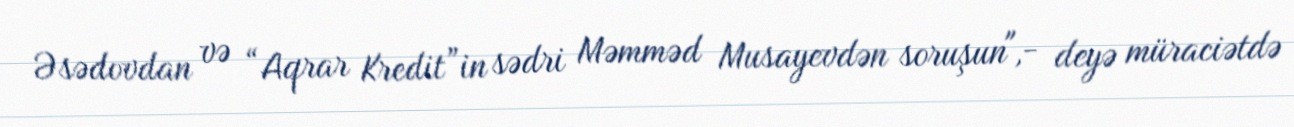
Əsədovdan və “Aqrar Kredit”in sədri Məmməd Musayevdən soruşun",- deyə müraciətdə